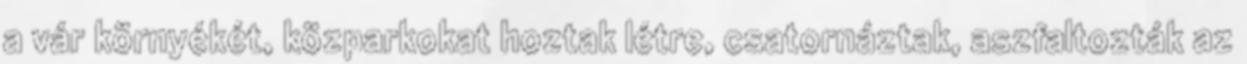
a vár környékét, közparkokat hoztak létre, csatornáztak, aszfaltozták az